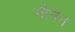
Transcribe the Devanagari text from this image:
मीनन